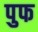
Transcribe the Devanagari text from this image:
पुफ